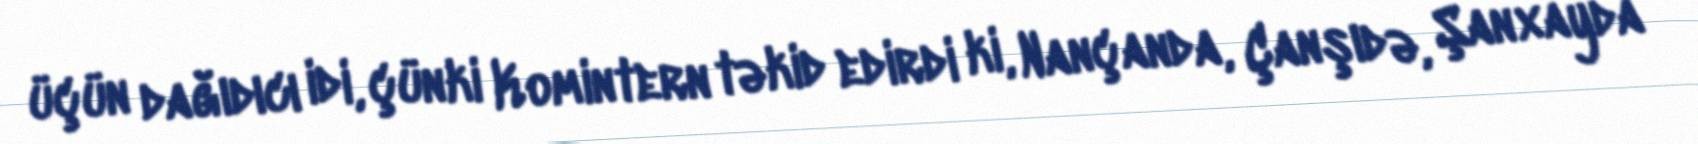
üçün dağıdıcı idi, çünki Komintern təkid edirdi ki, Nançanda, Çanşıdə, Şanxayda